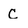
Character: C